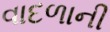
વાદળાની